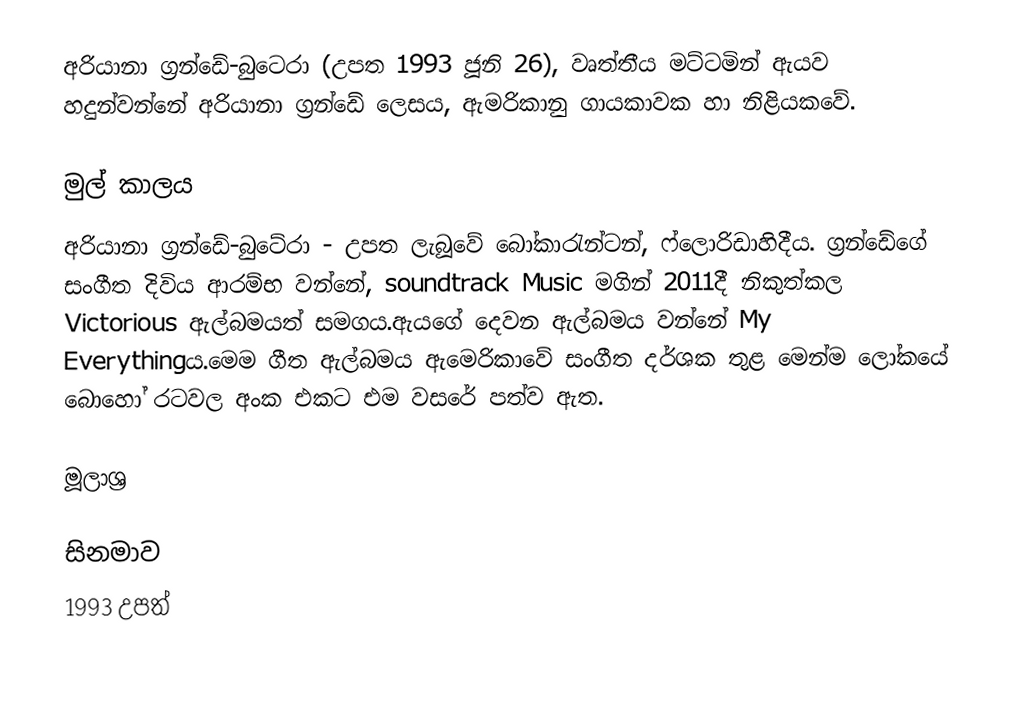
අරියානා ග්‍රන්ඩේ-බුටෙරා (උපත 1993 ජූනි 26), වෘත්තීය මට්ටමින් ඇයව හදුන්වන්නේ අරියානා ග්‍රන්ඩේ ලෙසය, ඇමරිකානු ගායකාවක හා නිළියකවේ.

මුල් කාලය
අරියානා ග්‍රන්ඩේ-බුටේරා - උපත ලැබූවේ බෝකාරැන්ටන්, ෆ්ලොරිඩාහිදීය. ග්‍රන්ඩේගේ සංගීත දිවිය ආරම්භ වන්නේ,  soundtrack Music මගින් 2011දී නිකුත්කල Victorious ඇල්බමයත් සමගය.ඇයගේ දෙවන ඇල්බමය වන්නේ My Everythingය.මෙම ගීත ඇල්බමය ඇමෙරිකාවේ සංගීත දර්ශක තුළ මෙන්ම ලෝකයේ බොහෝ රටවල අංක එකට එම වසරේ පත්ව ඇත.

මූලාශ්‍ර

සිනමාව
1993 උපත්